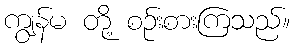
ကျွန်မ တို့ စဉ်းစားကြသည်။